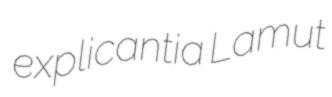
explicantia Lamut